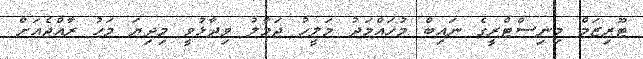
ޓޫރިޒަމް މިނިސްޓްރީގެ ނައިބް މުހައްމަދު މަލީހު ޖަމާލު ވިދާޅުވީ މިދިޔަ މަހު ރާއްޖެއަށް